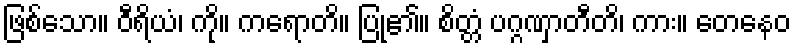
ဖြစ်သော။ ဝီရိယံ၊ ကို။ ကရောတိ။ ပြု၏။ စိတ္တံ ပဂ္ဂဏှာတီတိ၊ ကား။ တေနေဝ